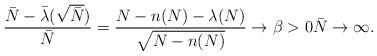
LaTeX: \begin{align*}\frac{\bar{N}-\bar{\lambda}(\sqrt{\bar{N}})}{\bar{N}}=\frac{N-n(N)-\lambda(N)}{\sqrt{N-n(N)}}\to \beta>0\bar{N}\to\infty.\end{align*}